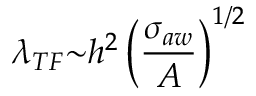
{ \lambda } _ { T F } { \sim } h ^ { 2 } \left( \frac { { \sigma } _ { a w } } { A } \right) ^ { 1 / 2 }